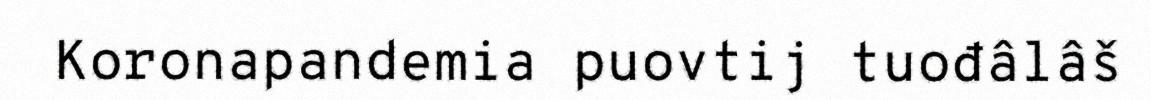
Koronapandemia puovtij tuođâlâš